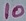
Text: 10